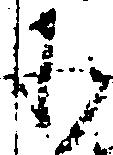
承